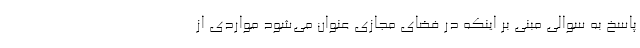
پاسخ به سوالی مبنی بر اینکه در فضای مجازی عنوان می‌شود مواردی از